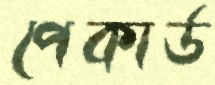
পেকার্ড